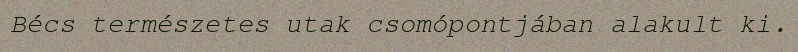
Bécs természetes utak csomópontjában alakult ki.